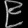
Digit: ၉